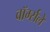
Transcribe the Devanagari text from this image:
वॉर्म्सले